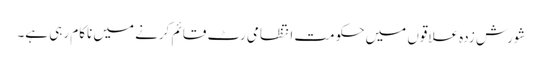
شورش زدہ علاقوں میں حکومت انتظامی رٹ قائم کرنے میں ناکام رہی ہے۔